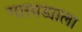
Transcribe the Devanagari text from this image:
गारवड्याला